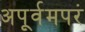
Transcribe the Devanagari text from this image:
अपूर्वमपरं